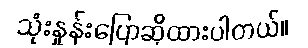
သုံးနှုန်းပြောဆိုထားပါတယ်။